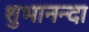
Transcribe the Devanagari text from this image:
शुभानन्दा